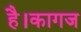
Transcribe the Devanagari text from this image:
है।कागज